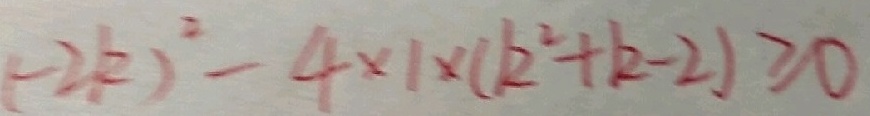
( - 2 k ) ^ { 2 } - 4 \times 1 \times ( k ^ { 2 } + k - 2 ) \geq 0